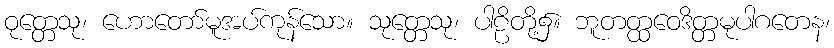
ဝုတ္တေသု၊ ဟောတော်မူအပ်ကုန်သော။ သုတ္တေသု၊ ပါဠိတို့၌။ ဘူတတ္ထဝေဒိတ္တမုပါဂတေန၊